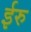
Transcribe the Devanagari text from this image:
ईरु